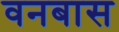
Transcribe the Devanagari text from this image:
वनबास